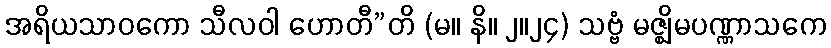
အရိယသာဝကော သီလဝါ ဟောတီ”တိ (မ။ နိ။ ၂။၂၄) သဗ္ဗံ မဇ္ဈိမပဏ္ဏာသကေ